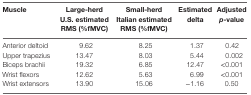
<table><thead><tr><td><b>Muscle</b></td><td><b>Large-herd U.S. estimated RMS (%fMVC)</b></td><td><b>Small-herd Italian estimated RMS (%fMVC)</b></td><td><b>Estimated delta</b></td><td><b>Adjusted <i>p</i>-value</b></td></tr></thead><tbody><tr><td>Anterior deltoid</td><td>9.62</td><td>8.25</td><td>1.37</td><td>0.42</td></tr><tr><td>Upper trapezius</td><td>13.47</td><td>8.03</td><td>5.44</td><td>0.002</td></tr><tr><td>Biceps brachii</td><td>19.32</td><td>6.85</td><td>12.47</td><td>&lt;0.001</td></tr><tr><td>Wrist flexors</td><td>12.62</td><td>5.63</td><td>6.99</td><td>&lt;0.001</td></tr><tr><td>Wrist extensors</td><td>13.90</td><td>15.06</td><td>−1.16</td><td>0.50</td></tr></tbody></table>